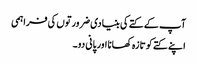
آپ کے کتے کی بنیادی ضرورتوں کی فراہمی
اپنے کتے کو تازہ کھانا اور پانی دو۔